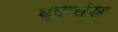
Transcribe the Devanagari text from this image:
ऐकसेस